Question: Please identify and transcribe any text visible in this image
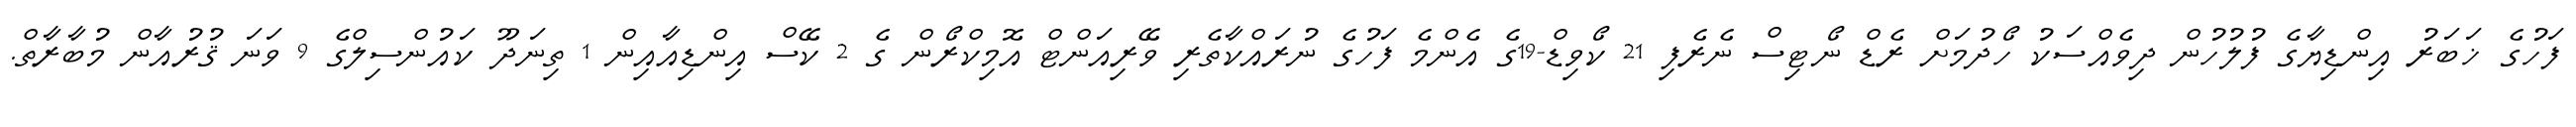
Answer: ފަހުގެ ޚަބަރު އިންޑިޔާގެ ފުލުހުން ދިވެއްސަކު ހޯދުމަށް ރެޑް ނޯޓިސް ނެރެފި 21 ކޯވިޑް-19ގެ އެންމެ ފަހުގެ ނުރައްކާތެރި ވޭރިއަންޓް އޮމިކްރޯން ގެ 2 ކޭސް އިންޑިއާއިން 1 ތިނަދޫ ކައުންސިލްގެ 9 ވަނަ ޤުރުއާން މުބާރާތް.